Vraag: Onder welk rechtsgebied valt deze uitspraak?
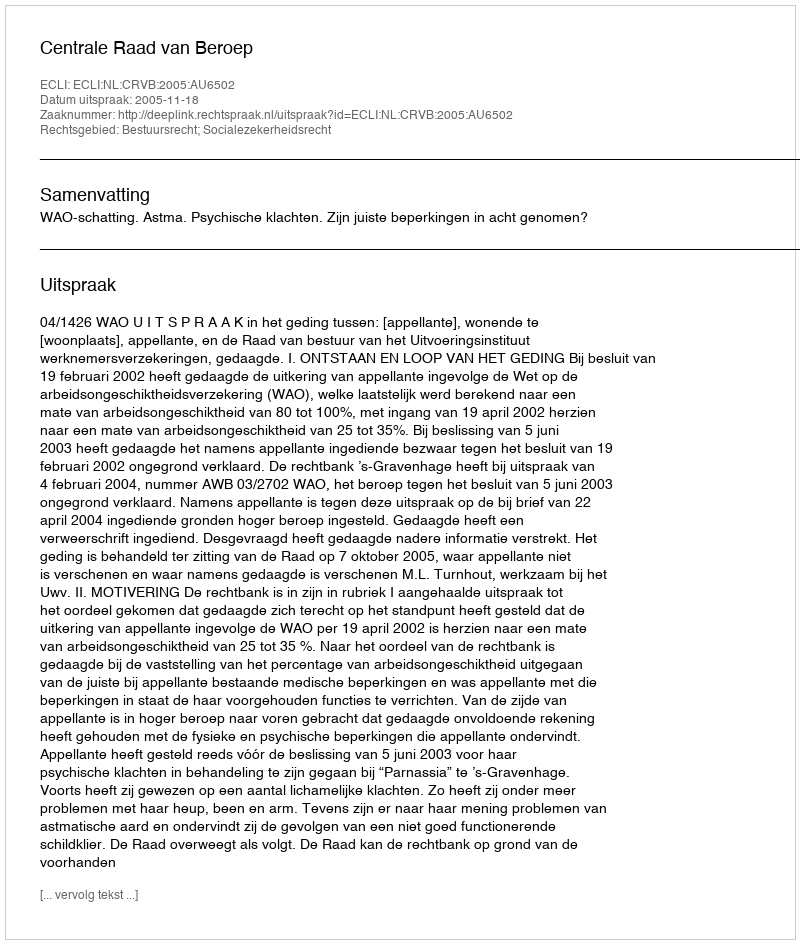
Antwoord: Bestuursrecht; Socialezekerheidsrecht